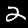
Label: 2